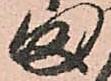
ま